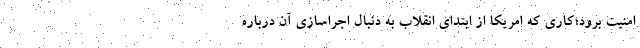
امنيت برود؛كاري كه امريكا از ابتداي انقلاب به دنبال اجراسازي آن درباره